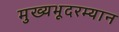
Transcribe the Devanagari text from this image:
मुख्यभूदरम्यान